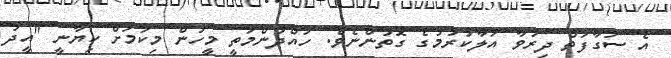
އެ ސަގާފަތް ދިރުވާ އަލާކުރުމުގެ ގޮތުންނެވެ. ހައްދުންމަތީ މީހުން މިކަމަށް ކިޔާނީ "އީދު